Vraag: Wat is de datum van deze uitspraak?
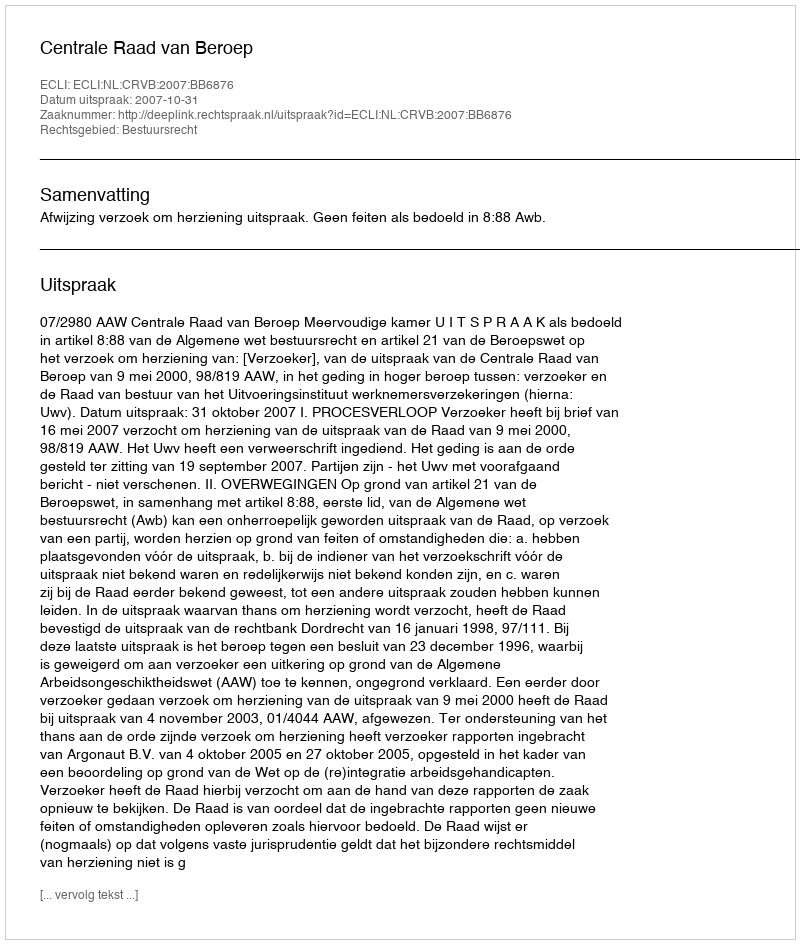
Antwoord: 2007-10-31